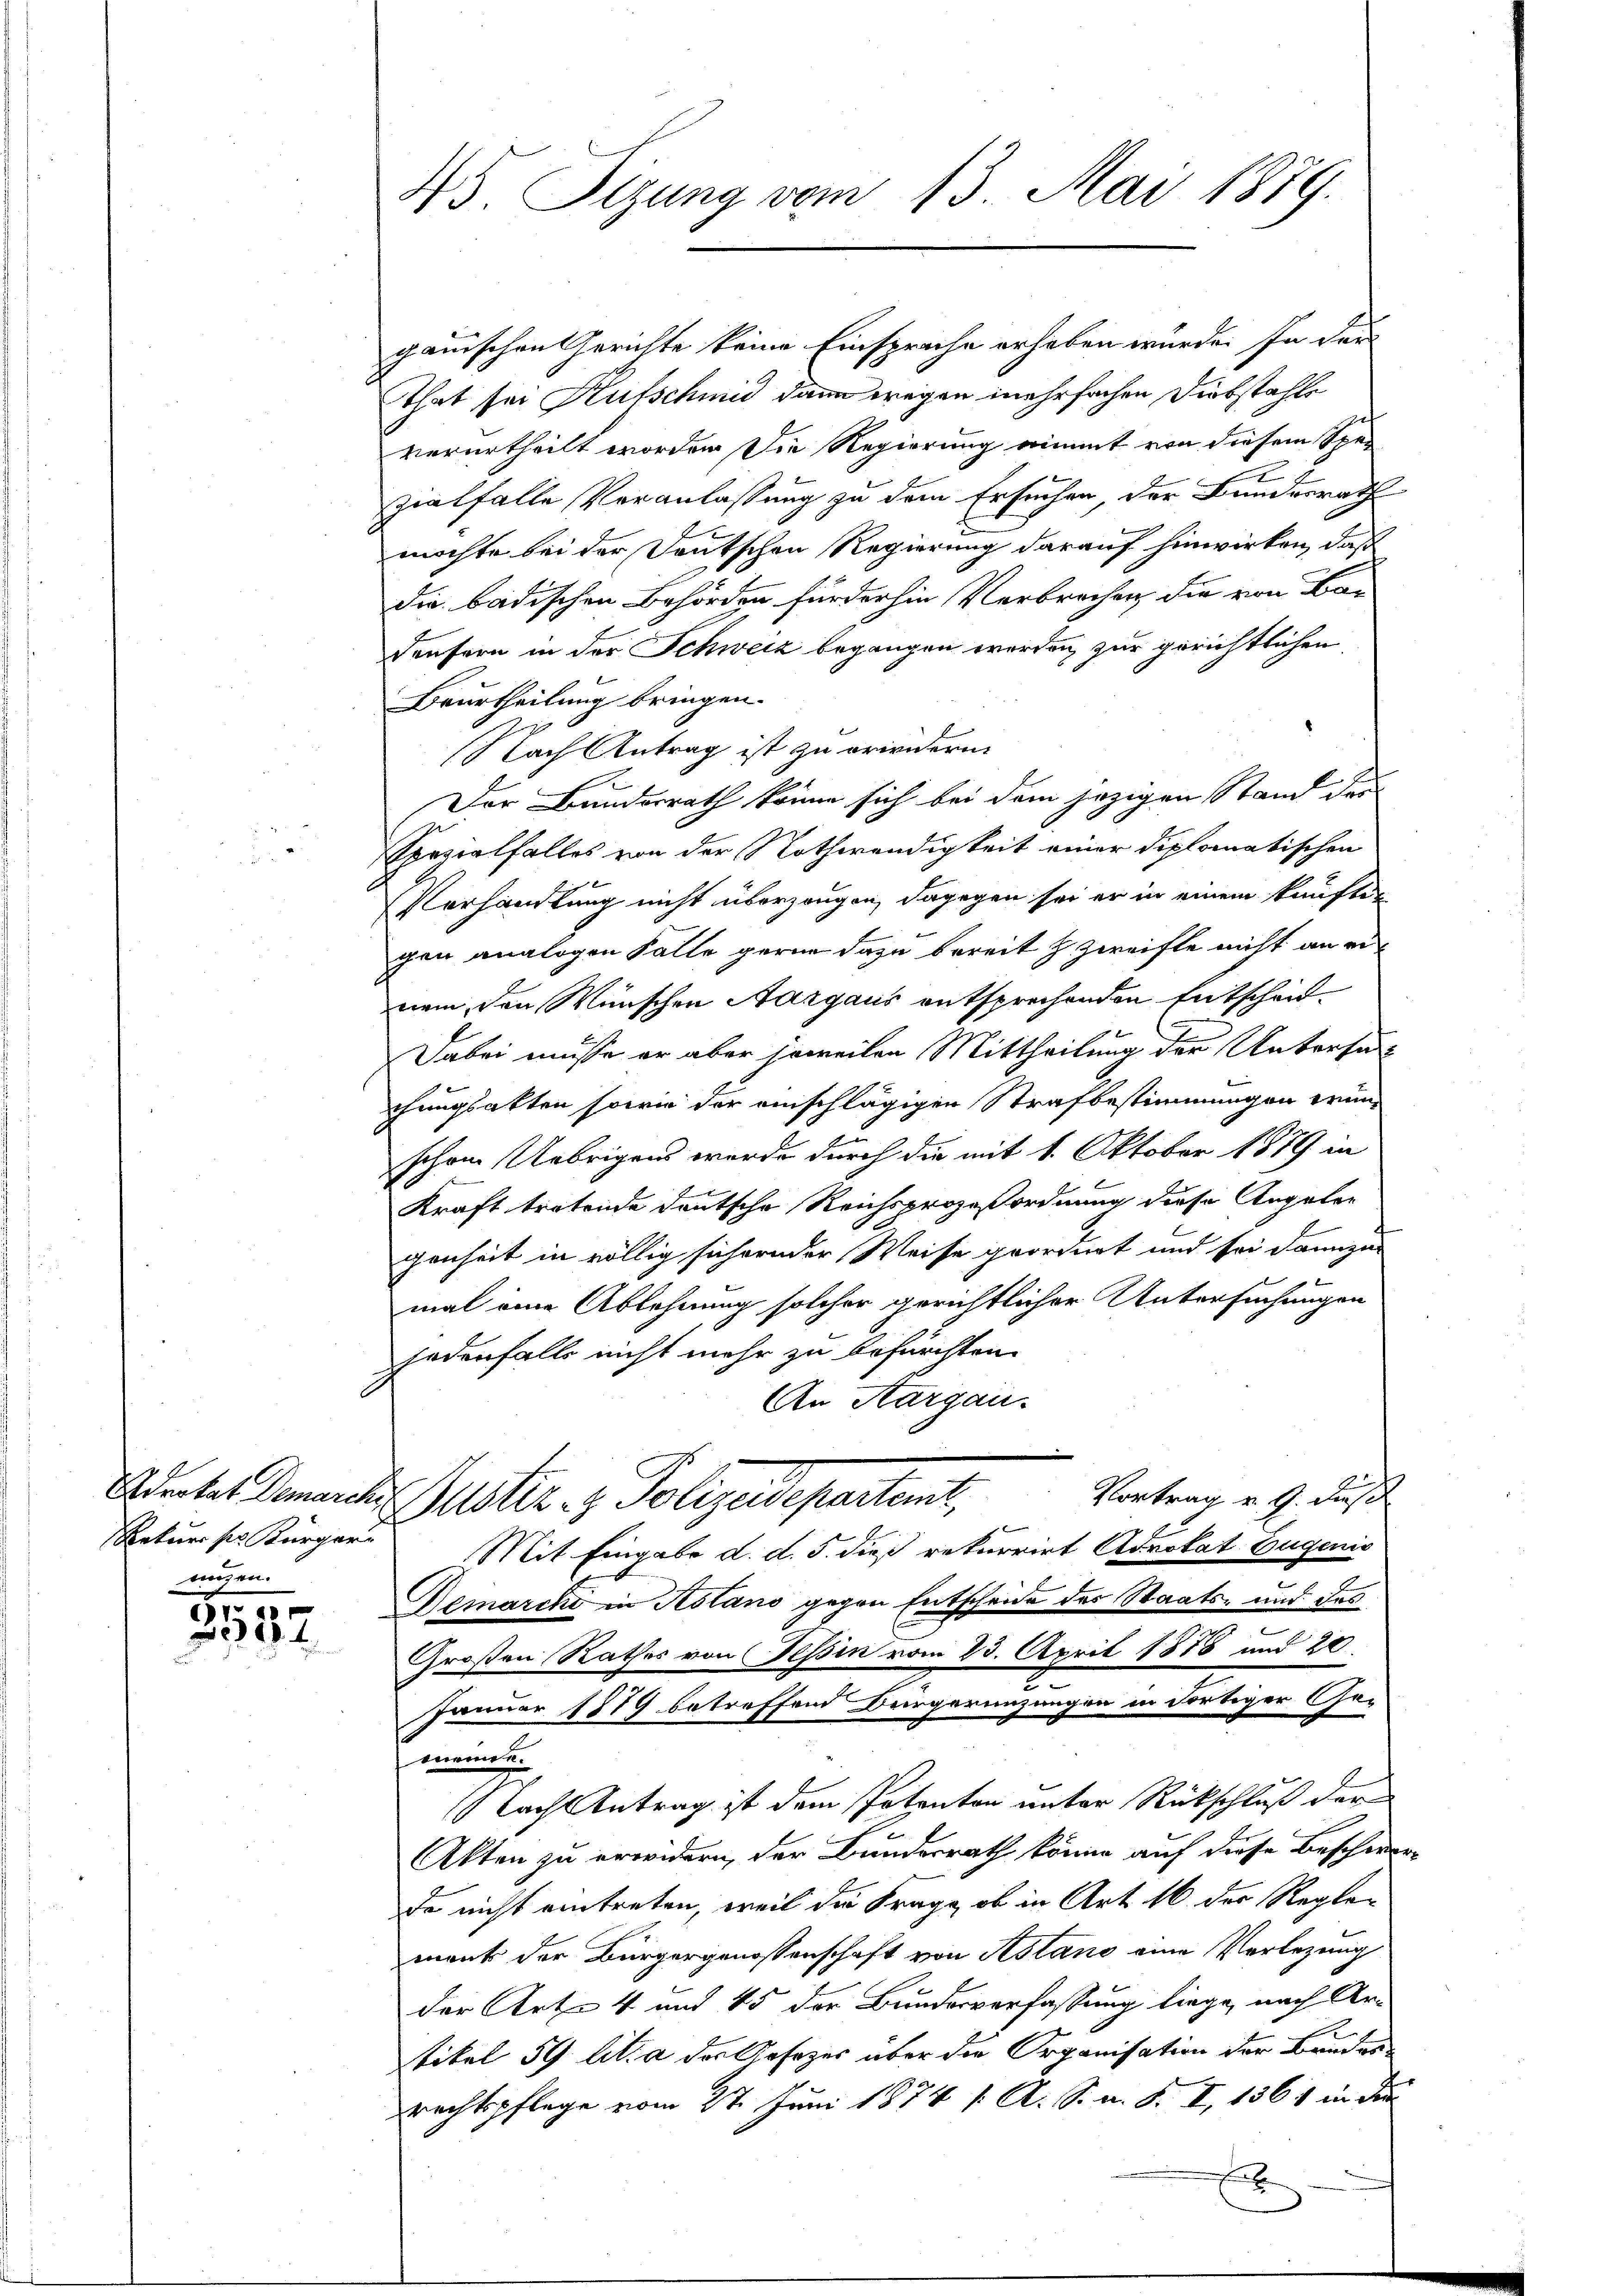
Rekurs ser Kürger
ungen.

55
337

45. Sizung vom 13. Mai 1879.

ganischen Gerichte keine Einsprache erheben würde. In den
That sei Kufschmid dann wegen mehrfachen Diebstahle
verurtheilt worden. Die Regierung nimmt von diesem Sper
E
zialfalle Veranlassung zu dem Ersuchen, der Bundesrath
möchte bei der Deutschen Regierung darauf hinwirken, daß
die badischen Behörden für der hin Verbrechen die von Bar
Deufern in der Schweiz begangen werden zur gerichtlichen
Beurtheilung bringen.
Nach Antrag ist zu erwidern.
Der Bundesrath könne sich bei dem jezigen Stand der
Spezialfalles von der Nothwendigkeit einer diplomatischen
Vorhandlung nicht überzeugen, dagegen sei er in einem kauften
gen analogen Falle gerne dazu bereit z zweifte nicht an einem, den Wünschen Aargaus entsprechenden Entscheid
Dabei müsse er aber jeweilen Mittheilung der Untersuc
chungsakten sowie der einschlägigen Strafbestimmungen trunschon Uebrigens wurde durch die mit 1. Oktober 1879 in
Kraft tretende deutsche Reichsprozeßordnung diese Angaben
genheit in völlig sichernder Weise geordnet und sei dannzu
mal eine Ablehnung solcher gerichtlicher Untersuchungen
jodenfalls nicht mehr zu befürchten
An Aargau.
Vortrag v. 9. dies
Aderter Gemarchen Puster- & Polizeidepartemit,
Mit Eingabe d. d. 5. dieß rekurrirt Advokat Eugenis
Demarcho in Rolano gegen Entscheide des Staats- und des
e
Großen Rathes von Tessin vom 23. April 1876 und 20
2
Jänner 1879 betreffend Bürgeringungen in dortiger Ge-
momen.
Nach Antrag ist dem Potenten unter Rückschluß der
Akten zu erwidern, der Bundesrath könne auf diese Beschwe¬
Do nicht eintreten, weil die Frage, ob in Art. 16 der Reglement der Bürgergenossenschaft von Astano eine Verlegung
der Art. 4 und 45 der Bundesverfassung liege, nach Artikel 59 lit. a der Gesezes über die Organisation der Bruder
rechtspflege vom 27. Juni 1874 /: A. S. a. S. I, 1861 in die
f